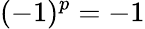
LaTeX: (-1)^{p}=-1